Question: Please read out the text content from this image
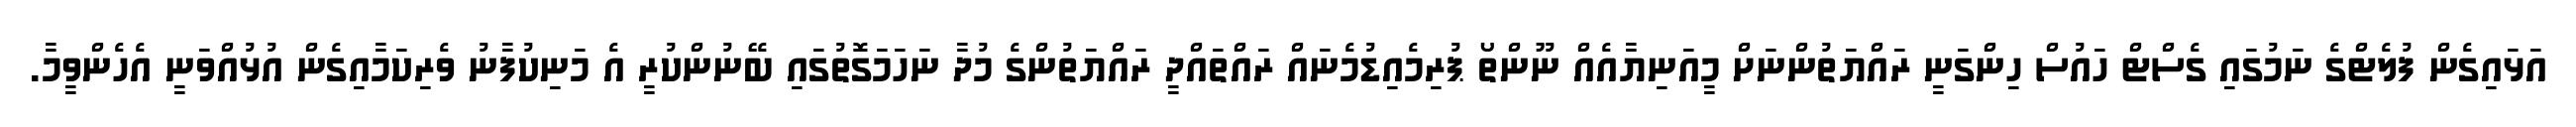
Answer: އަޅައިގެން ފުލެޓްގެ ނަމުގައި ގެސްޓް ހައުސް ހިންގަނީ ރައްޔަތުންނަށް މީއަނިޔާއެއް ނޫންތޯ ޕުރިމެއިޑުމެނައް ރައްތައްދީ ރައްޔަތުންގެ މުދާ ނަހަމަގޮތުގައި ބޭނުންކުރީ އެ މަނިކުފާނު ވެރިކަމާއިގެން އުޅުއްވަނީ އެހެންވީމާ.